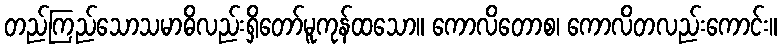
တည်ကြည်သောသမာဓိလည်းရှိတော်မူကုန်ထသော။ ကောလိတောစ၊ ကောလိတလည်းကောင်း။